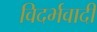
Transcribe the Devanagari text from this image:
विदर्भवादी